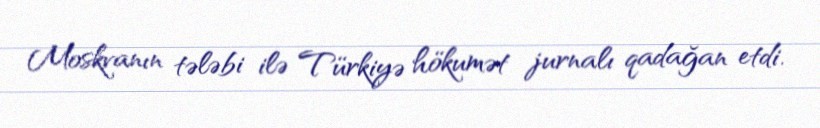
Moskvanın tələbi ilə Türkiyə hökumət jurnalı qadağan etdi.